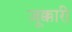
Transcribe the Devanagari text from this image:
ज़ूक्कारी